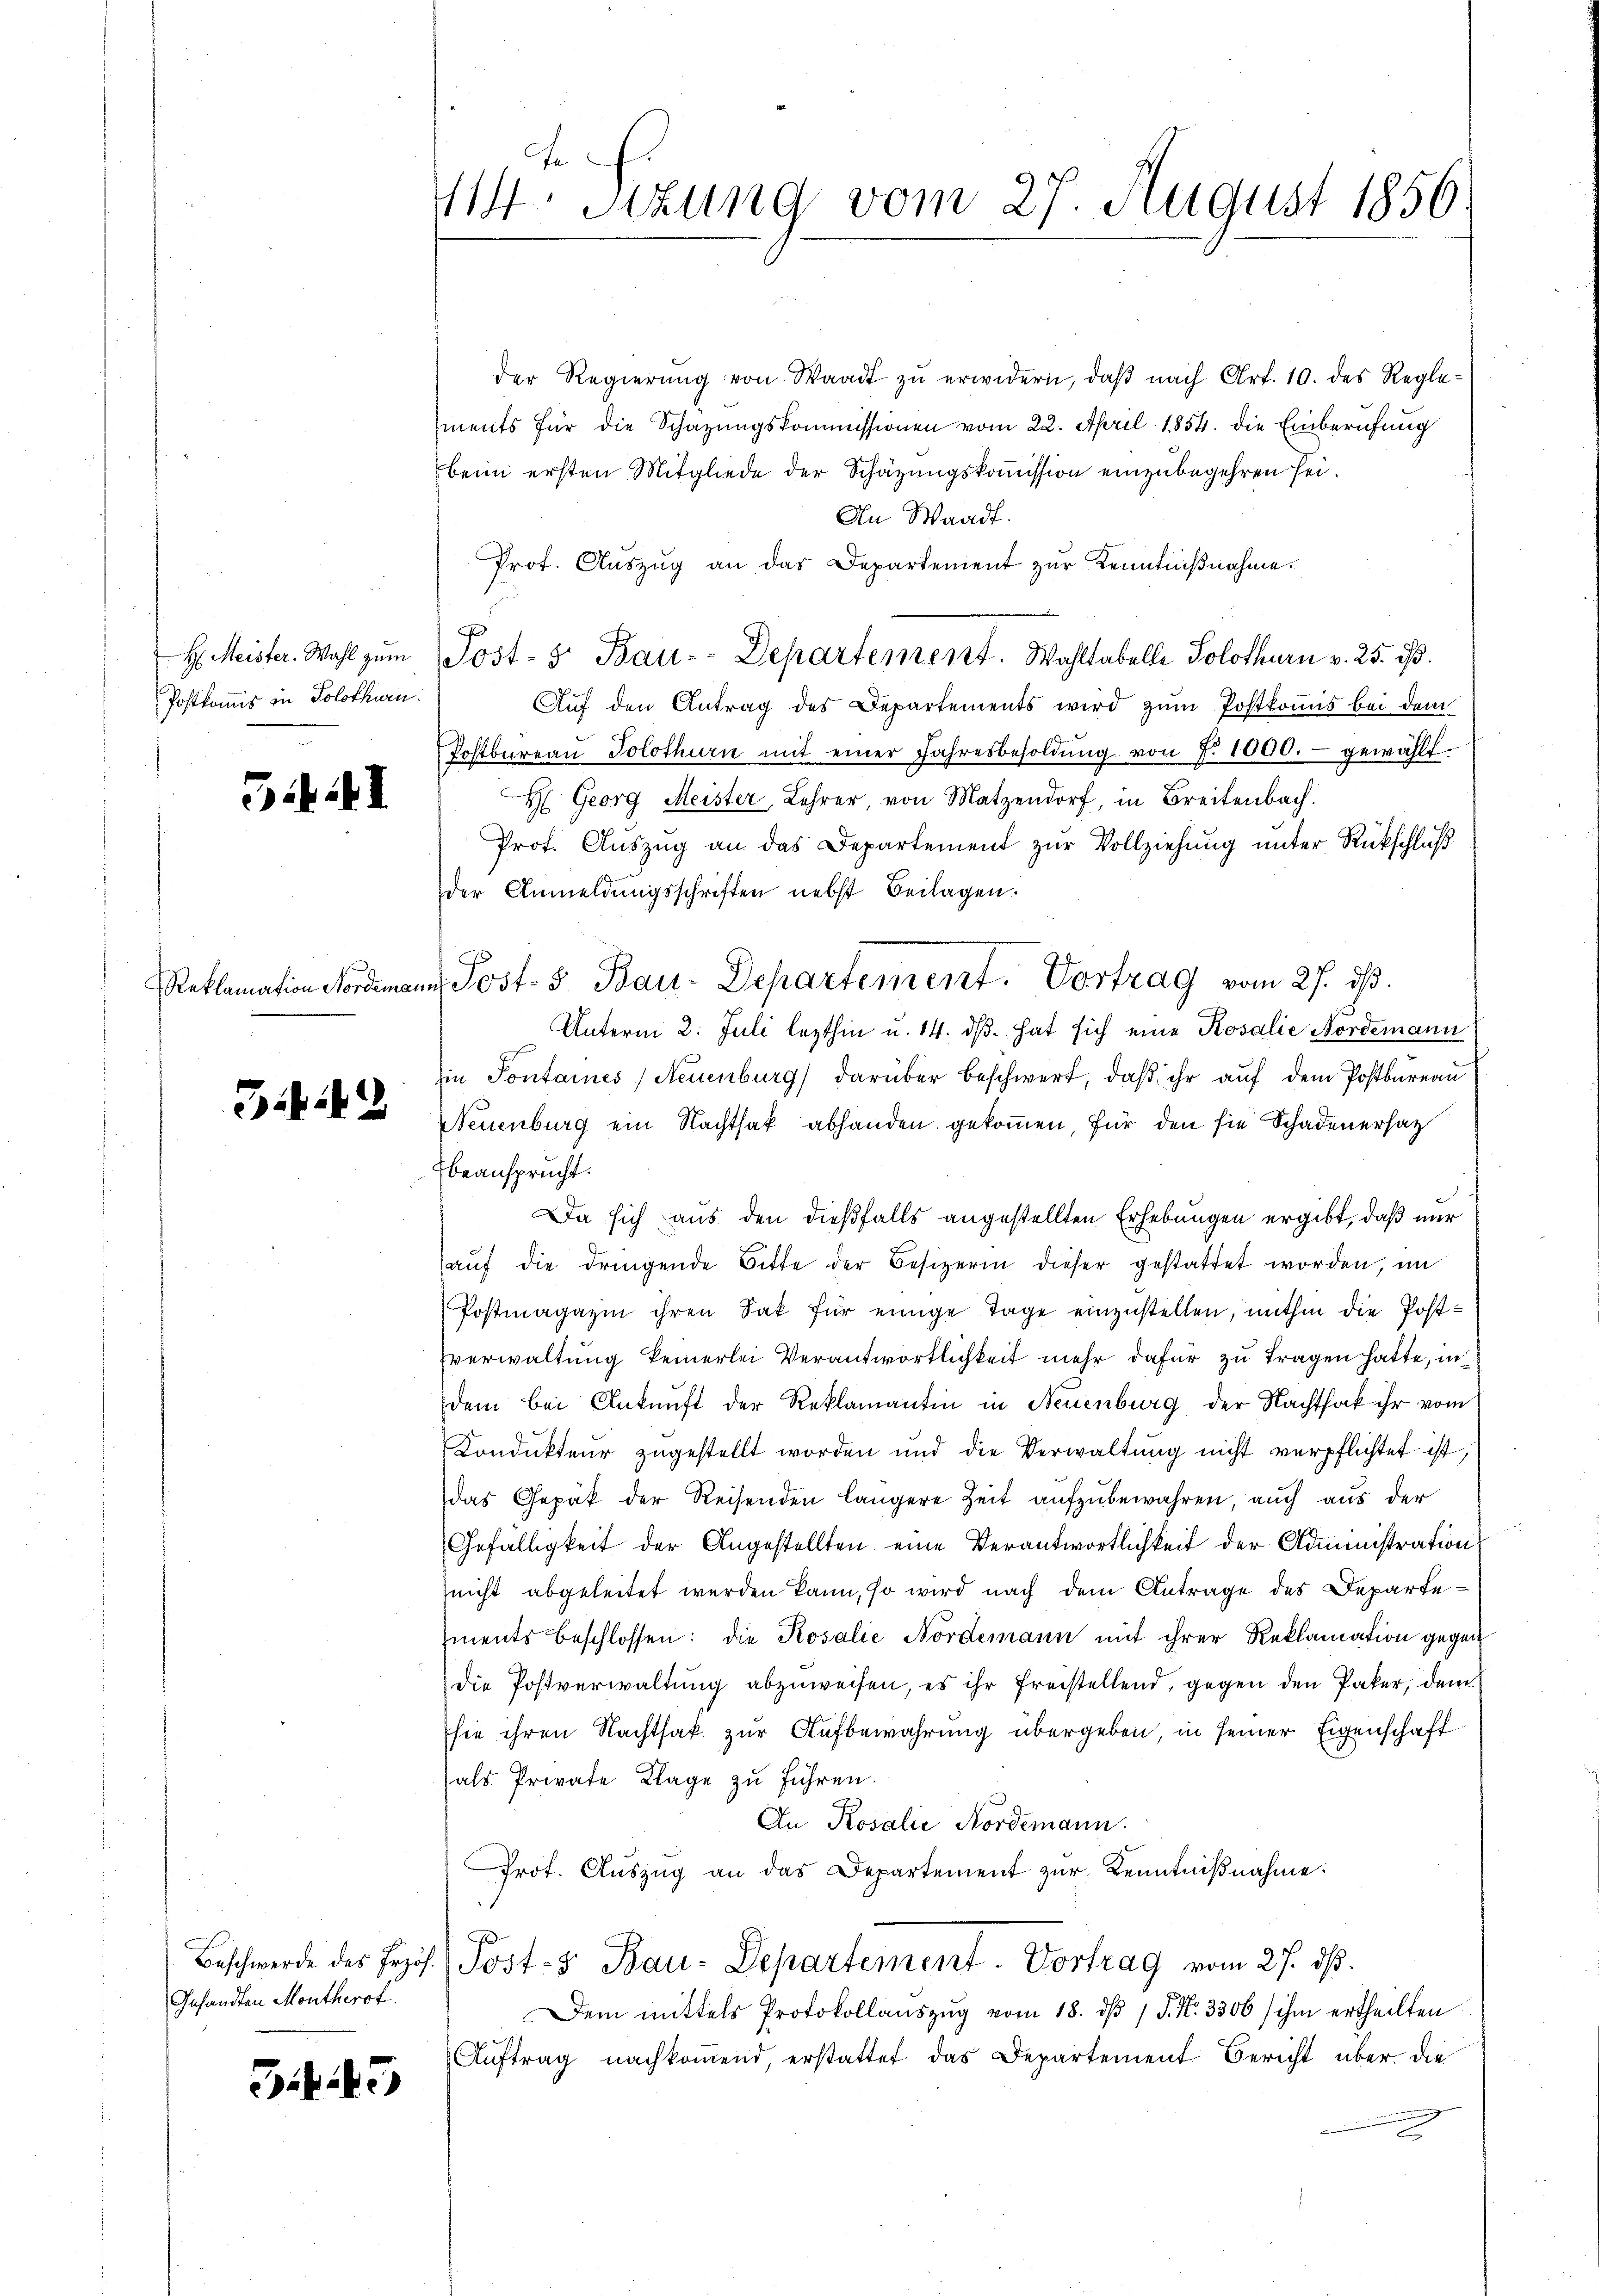
H. Meister. Wahl zum
Postkommis in Solothurn.

G. I

Reklamation Nordeman

3.42

Gesandten Montherok.

35

114. Sitzung vom 27. August 1856.

der Regierŭng von Waadt zŭ erwidern, daβ nach Art. 10. des Regle-
ments für die Schazungskommissionen vom 22. April 1854. die Einberufung
beim ersten Mitgliede der Schazungskommission einzubegehren sei.
An Waadt.
Prot. Aŭszŭg an das Departement zŭr Kenntniβnahme.
J
Post- 5. Bau-Departement. Wahltabelle Solothurn v. 25. ist.
Aŭf den Antrag des Departements wird zŭm Postkommis bei dem
Postbüreau Solothurn mit einer Jahresbesoldŭng von 7. 1000.- gewählt.
H Georg Meister, Lehrer, von Metzendorf, in Breitenbach.
Prof. Aŭszŭg an das Departement zŭr Vollziehŭng ŭnter Rückschluß
der Anmeldŭngsschriften nebst Beilagen.
Unterm 2. Juli lezthin u. 14. dβ. hat sich eine Rosalie Nordemann
in Pontaines (Neuenburg darüber beschwert, daß ihr auf dem Postbureau
Neuenburg ein Nachtsak abhanden gekommen, für den sie Schadenersat
beansprucht.
Da sich aus den dießfalls angestellten Erhebungen ergibt, daß nur
aŭf die dringende Bitte der Besizerin dieser gestattet worden, im
Postmagazin ihren Sak für einige Tage einzustellen, mithin die Postverwaltung keinerlei Verantwortlichkeit mehr dafür zu tragen hatte, in
dem bei Ankunft der Reklamantin in Neuenburg der Nachtfak ihr vom
Kondukteur zugestellt worden und die Verwaltŭng nicht verpflichtet ist,
das Gepäk der Reisenden längere Zeit aufzubewahren, auch aus der
Gefälligkeit der Angestellten eine Verantwortlichkeit der Administration
nicht abgeleitet werden kann, so wird nach dem Antrage des Departements beschlossen: die Rosalie Nordemann mit ihrer Reklamation gegen
die Postverwaltung abzuweisen, es ihr freistellend, gegen den Paker, dem
hie ihren Nachtsak zur Aufbewahrung übergeben in seiner Eigenschaft
als Private Klage zu führen.
An Rosalie Nordemann.
rot. Aŭszŭg an das Departement zŭr Kenntniβnahme:
Beschwerde des Erzös. Post- & Bau-Departement-Vortrag vom 27. ds.
Dem mittels Protokollaŭszŭg vom 18. dβ / P. Nr. 3306/ ihm ertheilten
Auftrag nachkommend, erstattet das Departement Bericht über die

n Post. S. Bau-Departement. Vortrag vom 27. ds.